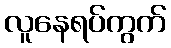
လူနေရပ်ကွက်